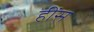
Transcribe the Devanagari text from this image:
हींस